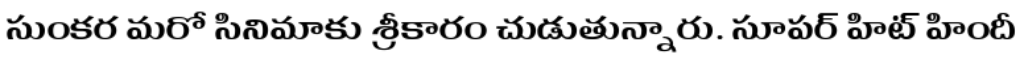
సుంకర మరో సినిమాకు శ్రీకారం చుడుతున్నారు. సూపర్ హిట్ హిందీ